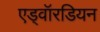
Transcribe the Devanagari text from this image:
एड्वॉरडियन